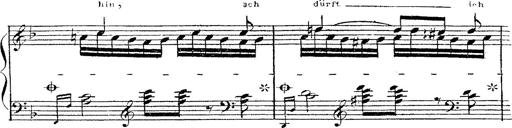
Title: 12 Lieder von Franz Schubert
Composer: Franz Liszt